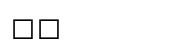
٣٧